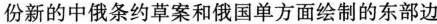
份新的中俄条约草案和俄国单方面绘制的东部边